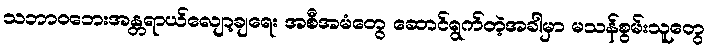
သဘာဝဘေးအန္တရာယ်လျော့ချရေး အစီအမံတွေ ဆောင်ရွက်တဲ့အခါမှာ မသန်စွမ်းသူတွေ